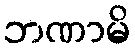
ဘဏာမိ